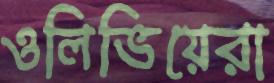
ওলিভিয়েরা